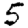
Digit: 5